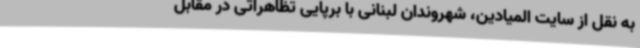
به نقل از سایت المیادین، شهروندان لبنانی با برپایی تظاهراتی در مقابل